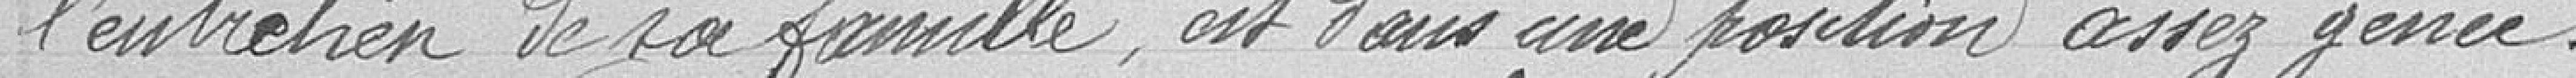
l'entretien de sa famille, est dans une position assez gênée.